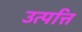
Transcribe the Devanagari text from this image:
उत्‍पत्ति